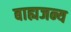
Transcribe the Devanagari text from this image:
बाह्यजन्य